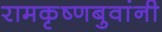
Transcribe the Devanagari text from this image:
रामकृष्णबुवांनी